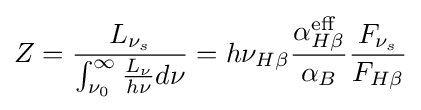
Z={\frac {L_{\nu _{s}}}{\int _{\nu _{0}}^{\infty }{\frac {L_{\nu }}{h\nu }}d\nu }}=h\nu _{H\beta }{\frac {\alpha _{H\beta }^{\text{eff}}}{\alpha _{B}}}{\frac {F_{\nu _{s}}}{F_{H\beta }}}